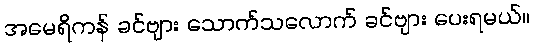
အမေရိကန် ခင်ဗျား သောက်သလောက် ခင်ဗျား ပေးရမယ်။